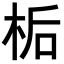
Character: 𪲉